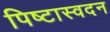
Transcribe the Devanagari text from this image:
पिष्टास्वदन